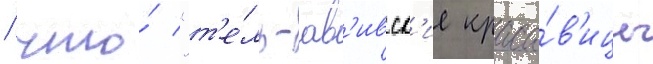
/ что́ "т'е́ль-ав'ивск'ие краса́в'ицы